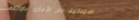
صيدلية دار الأمان: دوائكم